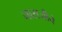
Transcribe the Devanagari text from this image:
नाराजीचे